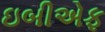
ઇબીએફ